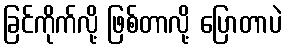
ခြင်ကိုက်လို့ ဖြစ်တာလို့ ပြောတာပဲ